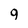
Character: 9